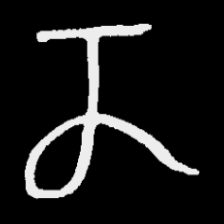
Pyu character \u2014 Myanmar letter: ဏ (romanized: nna)